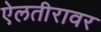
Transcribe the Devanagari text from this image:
ऐलतीरावर